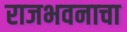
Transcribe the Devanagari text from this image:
राजभवनाचा